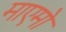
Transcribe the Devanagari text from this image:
माएमो